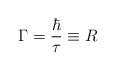
LaTeX: \begin{align*}\Gamma = \frac{\hbar}{\tau} \equiv R\end{align*}